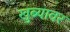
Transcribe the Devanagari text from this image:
खुब्यावर